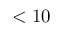
< 1 0